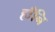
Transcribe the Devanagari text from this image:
हाँनि